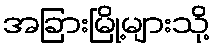
အခြားမြို့များသို့